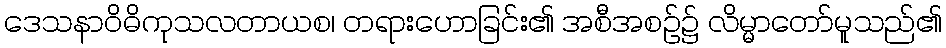
ဒေသနာဝိဓိကုသလတာယစ၊ တရားဟောခြင်း၏ အစီအစဉ်၌ လိမ္မာတော်မူသည်၏